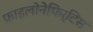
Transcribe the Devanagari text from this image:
फ़ाइलोनेफिर्टिस